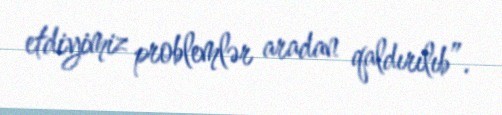
etdiyimiz problemlər aradan qaldırılıb”.